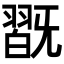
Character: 𣄹